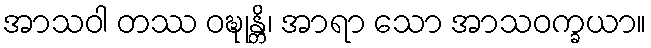
အာသဝါ တဿ ဝဍ္ဎုန္တိ၊ အာရာ သော အာသဝက္ခယာ။